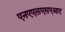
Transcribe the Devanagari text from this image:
एनएएलएसएआर